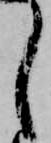
し